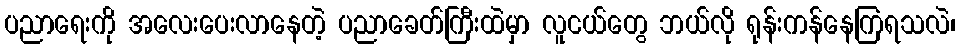
ပညာရေးကို အလေးပေးလာနေတဲ့ ပညာခေတ်ကြီးထဲမှာ လူငယ်တွေ ဘယ်လို ရုန်းကန်နေကြရသလဲ၊